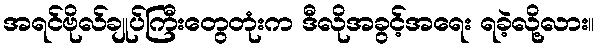
အရင်ဗိုလ်ချုပ်ကြီးတွေတုံးက ဒီလိုအခွင့်အရေး ရခဲ့လို့လား။